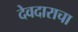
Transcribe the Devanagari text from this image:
देवदाराचा